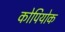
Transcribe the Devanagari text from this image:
कोपियोक